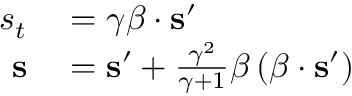
\begin{array} { r l } { s _ { t } } & { { } = \gamma { \boldsymbol { \beta } } \cdot \mathbf { s } ^ { \prime } } \\ { \mathbf { s } } & { { } = \mathbf { s } ^ { \prime } + { \frac { \gamma ^ { 2 } } { \gamma + 1 } } { \boldsymbol { \beta } } \left( { \boldsymbol { \beta } } \cdot \mathbf { s } ^ { \prime } \right) } \end{array}